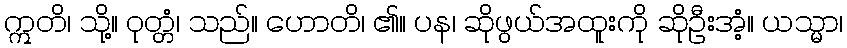
ဣတိ၊ သို့။ ဝုတ္တံ၊ သည်။ ဟောတိ၊ ၏။ ပန၊ ဆိုဖွယ်အထူးကို ဆိုဦးအံ့။ ယသ္မာ၊